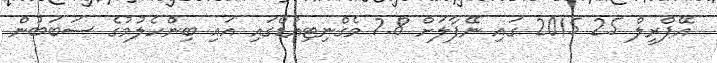
އޭޕްރީލް 25 2015 ގައި ނޭޕާލަށް 7.8 މެގްނިޓިއުޑްގައި އައި ބިންހެލުމުގެ ސަބަބުން